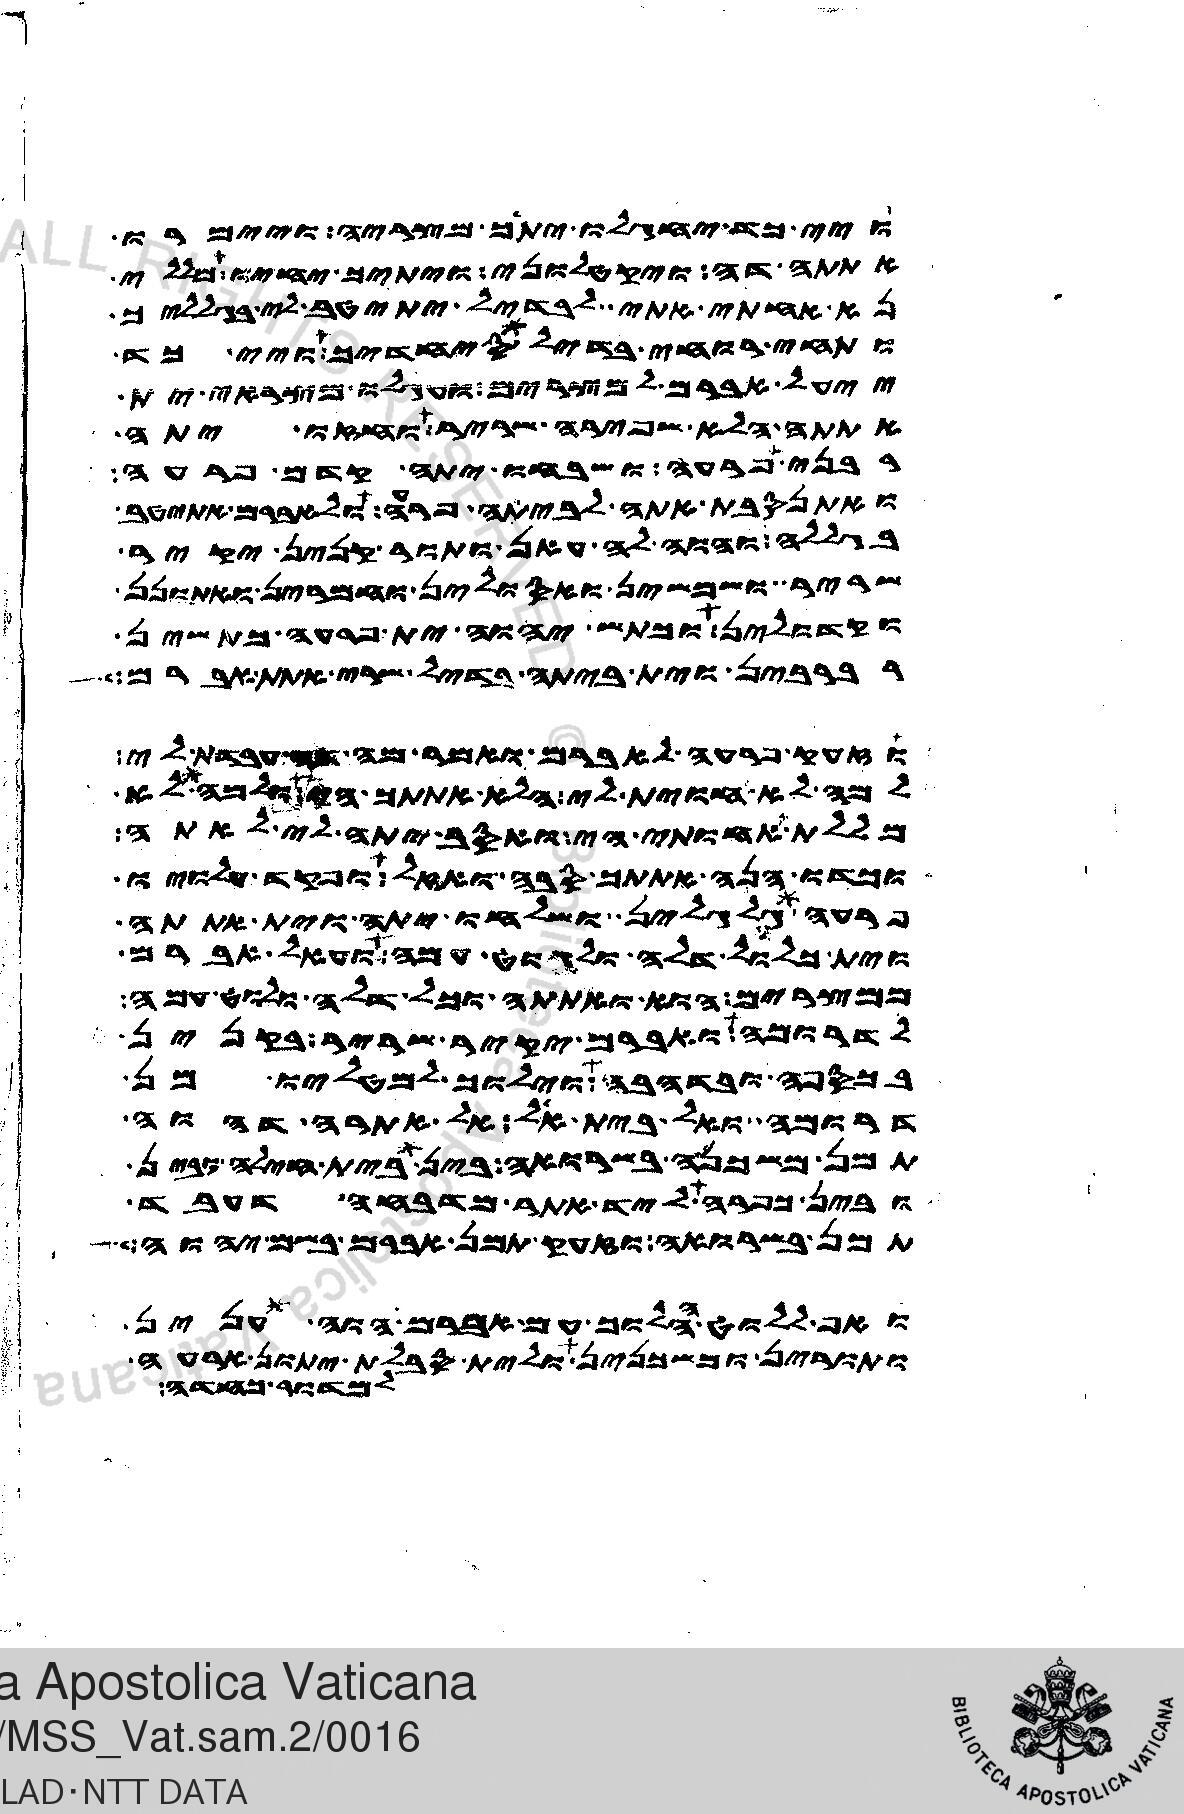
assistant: ויי כד יחגלו יתך מצריה ויימרו
אתתה דה ויקטלוני ויתיך יחיו מללי
נא אחתי אתי לבדיל יתיטב לי בגלליך
ותחי רוחי בדיל סיחדיך ויי כד
ייעל אברם למצרים ועגלו מצראי ית
אתתה הלא שפירה שריר וחזו יתה
רבני פרעה ושבחו יתה קדם פרעה
ואתנסבת אתה לביתה פרעה ולאברם אתיטב
בגללה והוה לה עאן ותור קנין יקיר
שריר ושמשין ואסולין וחמרין אתונן
וקדולין וכתש יהוה ית פרעה כתשין
רברבין וית ביתה בדיל שרי אתת אברם
וזעק פרעה לאברם ואמר מה דה עבדת לי
למה לא חוית לי הלא אתתך הי ולמה לא
מללת אחותי הי ואסב יתה לי לאתה
וכדו הנה אתתך סבה ואזל ופקד עלויו
פרעה גלגלין ושלחו יתה וית אתתה
וית כלול דלה ולגוט עמה ועאל אברם
ממצרים הוא ואתתה וכל דלה ולוט עמה
לדרומה ואברם יקיר שריר בקנין
בכספה ובדהבה וילוך למטליו מן
דרומה ואל בית אל אל אתרה דהוה
תמן משכנה בשרואה בין בית חילה ובין
ובין כפרה ליד אתר מדבחה דעבד
תמן בשרואה וזעק תמן אברם בשם יהוה
ואף ללוט ההלוך עם אברם הוה ענין
ותורין ומשכנין ולית סבלת יתון ארעה
למדור כחדה